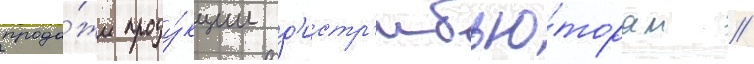
прода́жи проду́кции д'истр'ибью́торам //